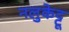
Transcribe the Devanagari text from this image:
नलुकेट्टू